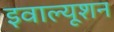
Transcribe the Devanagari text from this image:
इवाल्यूशन